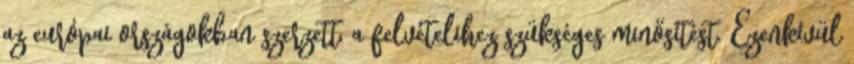
az európai országokban szerzett, a felvételihez szükséges minősítést. Ezenkívül